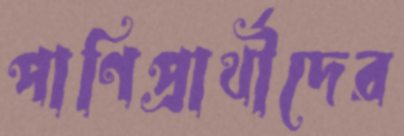
পাণিপ্রার্থীদের